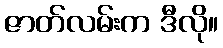
ဇာတ်လမ်းက ဒီလို။